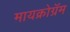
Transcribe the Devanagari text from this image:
मायक्रोग्रॅम